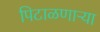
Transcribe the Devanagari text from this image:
पिटाळणाऱ्या